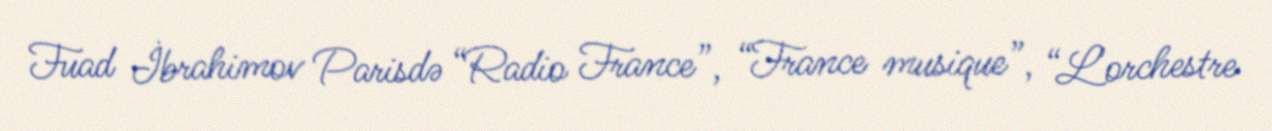
Fuad İbrahimov Parisdə “Radio France”, “France musique”, “L'orchestre